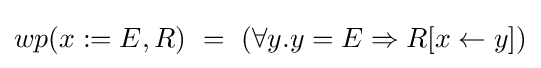
wp(x:=E,R)\ =\ (\forall y.y=E\Rightarrow R[x\leftarrow y])